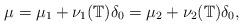
LaTeX: \begin{align*}\mu=\mu_1 + \nu_1(\mathbb T)\delta_0 = \mu_2 +\nu_2(\mathbb T)\delta_0, \end{align*}